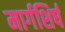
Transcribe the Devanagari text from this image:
मार्गशिर्ष